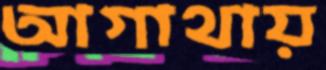
আগাথায়